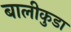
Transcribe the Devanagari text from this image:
बालीकुडा